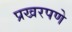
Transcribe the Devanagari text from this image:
प्रखरपणे